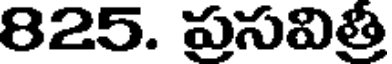
825. ప్రసవిత్రీ